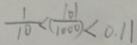
\frac { 1 } { 1 0 } < \frac { 1 0 1 } { ( 1 0 0 0 ) } < 0 . 1 1